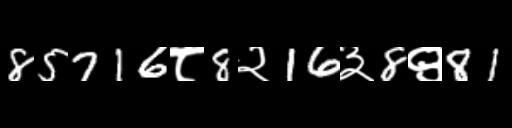
Text: 85716८8२16३8९81